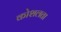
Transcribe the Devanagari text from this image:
कोशलता